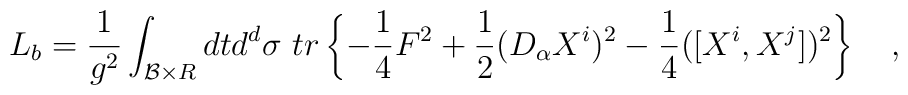
L_b = {1\over {g^2}} \int_{{\cal B}\times R} dt d^d\sigma\ tr \left \{-{1\over4} F^2 + {1\over2} (D_\alpha X^i)^2 -{1\over4} ([X^i,X^j])^2\right \} \quad,